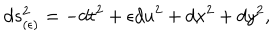
LaTeX: d s _ { ( \epsilon ) } ^ { 2 } = - d t ^ { 2 } + \epsilon d u ^ { 2 } + d x ^ { 2 } + d y ^ { 2 } ,